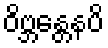
ဝိဗ္ဘန္တေနပိ